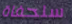
سلحفاة